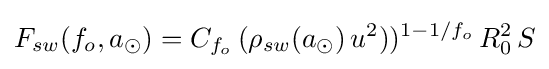
F_{sw}(f_{o},a_{\odot })=C_{f_{o}}\,(\rho _{sw}(a_{\odot })\,u^{2}))^{1-1/f_{o}}\,R_{0}^{2}\,S